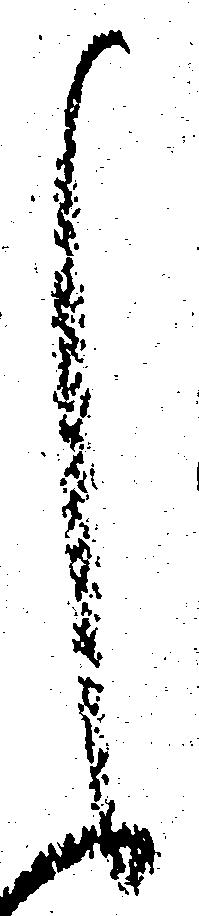
く